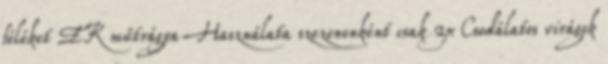
féléket EK műtrágya Használata szezononként csak 2x Csodálatos virágok